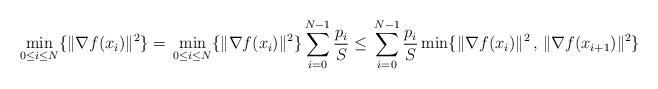
LaTeX: \begin{align*}\min_{0 \leq i \leq N}\{\|\nabla f(x_i)\|^2\}{}={} \min_{0 \leq i \leq N}\{\|\nabla f(x_i)\|^2\} \sum_{i=0}^{N-1} \frac{p_i}{S}{}\leq{}\sum_{i=0}^{N-1} \frac{p_i}{S}\min\{\|\nabla f(x_i)\|^2 \,,\, \|\nabla f(x_{i+1})\|^2\} \end{align*}